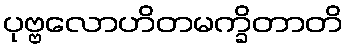
ပုဗ္ဗလောဟိတမက္ခိတာတိ